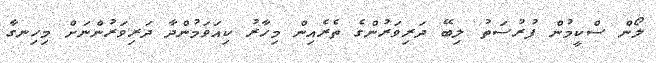
ލޯން ސްކީމުން ފުރުސަތު ލިބޭ ދަރިވަރުންގެ ތެރެއިން މިހާރު ކިއަވަމުންދާ ދަރިވަރުންނަށް މިހިނގާ